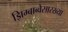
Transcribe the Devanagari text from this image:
झिम्बाब्वेसारख्या